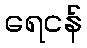
ရေငန်